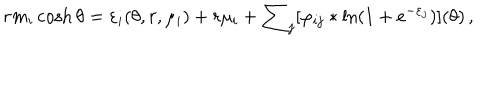
r m _ { i } \cosh \theta = \varepsilon _ { i } ( \theta , r , \mu _ { i } ) + r \mu _ { i } + \sum _ { j } [ \varphi _ { i j } \ast \ln ( 1 + e ^ { - \varepsilon _ { j } } ) ] ( \theta ) \, ,